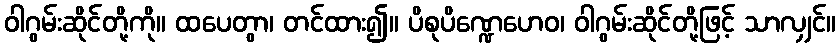
ဝါဂွမ်းဆိုင်တို့ကို။ ထပေတွာ၊ တင်ထား၍။ ပိစုပိဏ္ဍေဟေဝ၊ ဝါဂွမ်းဆိုင်တို့ဖြင့် သာလျှင်။